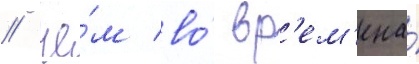
/ че́м во́ вр'ем'ена́